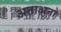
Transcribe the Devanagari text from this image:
अताअना